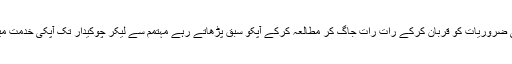
اساتذہ اپنی کئی ضروریات کو قربان کرکے رات رات جاگ کر مطالعہ کرکے آپکو سبق پڑھاتے رہے مہتمم سے لیکر چوکیدار تک آپکی خدمت میں مگن رہے ۔